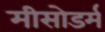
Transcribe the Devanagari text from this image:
मीसोडर्म